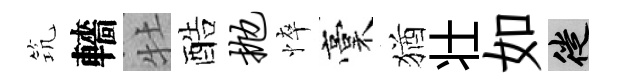
𥬑轖牡酷抛悴稾猶壮如徙